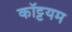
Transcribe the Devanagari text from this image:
कॉट्टयम